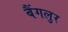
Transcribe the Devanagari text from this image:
बैंगलुर